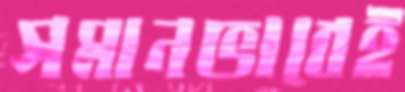
সমানভাবেই